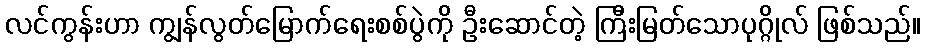
လင်ကွန်းဟာ ကျွန်လွတ်မြောက်ရေးစစ်ပွဲကို ဦးဆောင်တဲ့ ကြီးမြတ်သောပုဂ္ဂိုလ် ဖြစ်သည်။